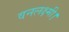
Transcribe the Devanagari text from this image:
वनलक्ष्मी।